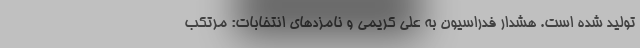
تولید شده است. هشدار فدراسیون به علی کریمی و نامزدهای انتخابات: مرتکب